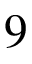
9